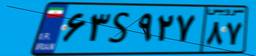
۲۰S۸۲۹۴۷